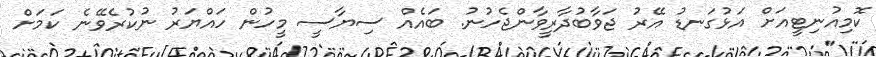
ކޮމިއުނިޓީއަށް އަޅުގަނޑު އޭރު ޖަވާބުދާރީވާންޖެހުނު. ބައެއް ސިޔާސީ މީހުން ހައްޔަރު ނުކުރެވޭނެ ކަމަށް